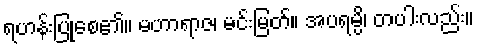
ရဟန်းပြုစေ၏။ မဟာရာဇ၊ မင်းမြတ်။ အပရမ္ပိ၊ တပါးလည်း။